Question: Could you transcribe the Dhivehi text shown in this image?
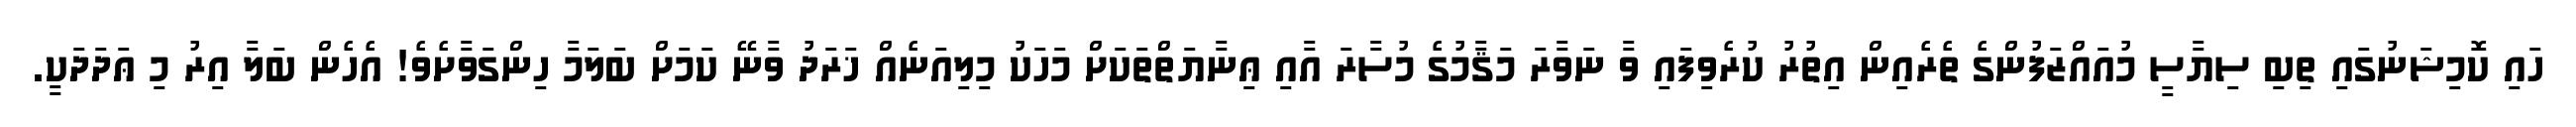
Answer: ހައި ކޮމިޝަނުގައި ތިބި ސިޔާސީ މުއައްޒަފުންގެ ތެރެއިން އިތުރު ކުރެވިފައި ވާ ނަވާރަ މަޤާމުގެ މުސާރަ އާއި ޢިނާޔަތްތަކަށް މަހަކު މިލިއަނެއް ޚަރަދު ވާނޭ ކަމަށް ބަލަމާ ހިންގަވާށެވެ! އެހެން ބަލާ އިރު މި ޢަދަދަކީ.